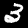
Digit: 3